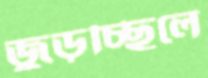
জুড়চ্ছিলে